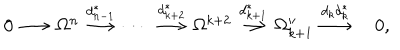
\begin{array} { c c c c c c c c c c c c c } { { 0 \! \! \! } } & { { \! \stackrel { } { \longrightarrow } \! \! \! } } & { { \! \Omega ^ { n } \! \! \! } } & { { \! \stackrel { d _ { n - 1 } ^ { * } } { \longrightarrow } \! \! \! } } & { { \! \cdots \! } } & { { \! \stackrel { d _ { k + 2 } ^ { * } } { \longrightarrow } \! \! \! } } & { { \! \Omega ^ { k + 2 } \! \! \! } } & { { \! \stackrel { d _ { k + 1 } ^ { * } } { \longrightarrow } \! \! \! } } & { { \! \Omega _ { k + 1 } ^ { \prime \prime } \! \! \! } } & { { \! \stackrel { d _ { k } d _ { k } ^ { * } } { \longrightarrow } \! \! \! } } & { { 0 , } } \\ \end{array}